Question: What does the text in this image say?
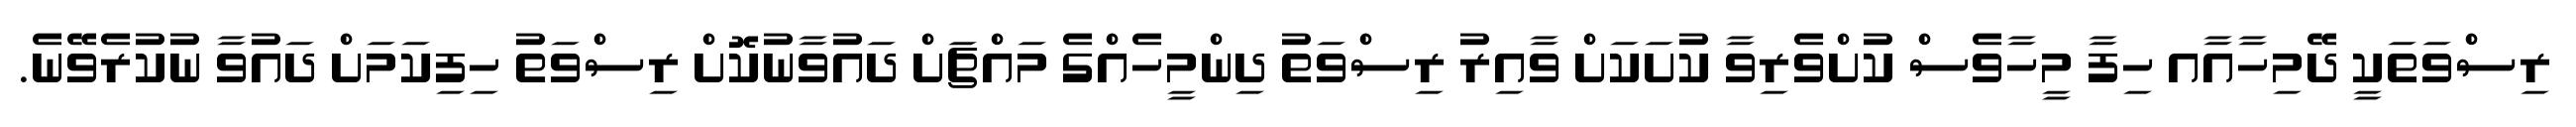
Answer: ރިސްވަތަކީ ދޭމިހާއާއ ހިފާ މީހާވެސް ކުށްވެރިވާ ކުށަކަށް ވާއިރު ރިސްވަތު ދިންމީހެއްގެ މައްޗަށް ދައުވާނުކޮށް ރިސްވަތު ހިފިކަމަށް ދައުވާ ނުކުރެވޭނެ.